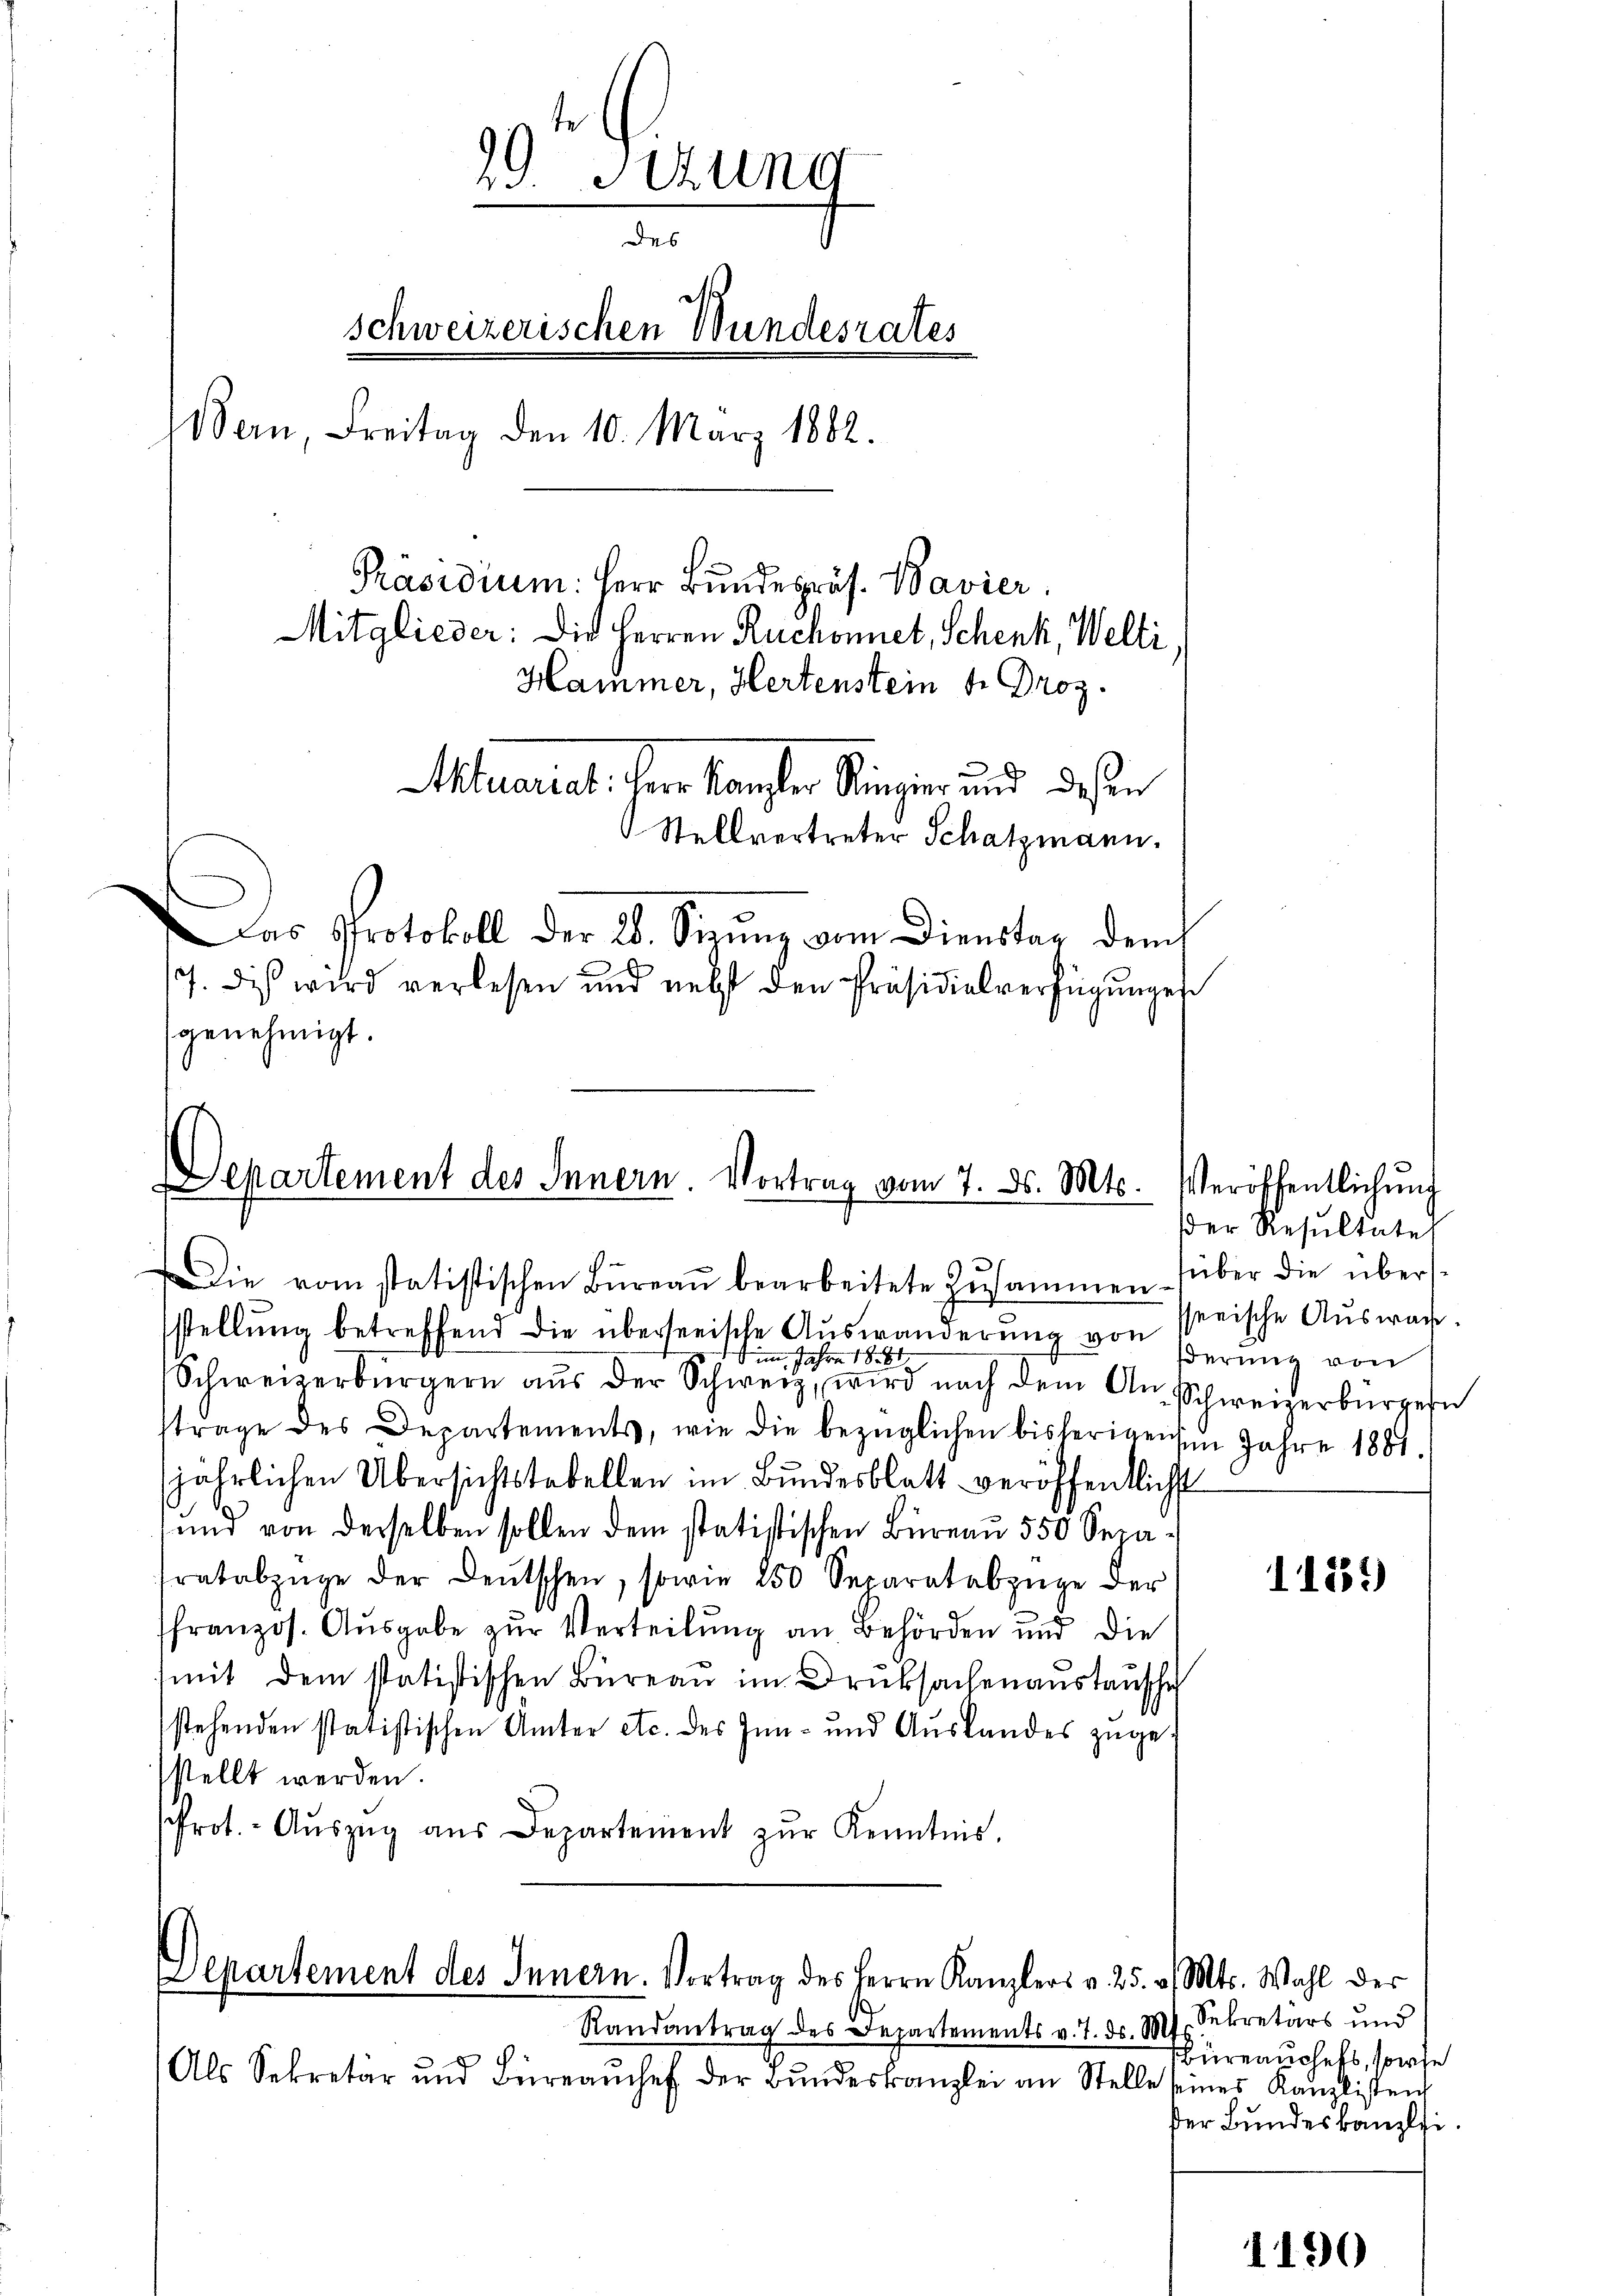
genehmigt.

.
.un
des
schweizerischen Wundesrates
Bern, Freitag den 10. März 1882.
Präsidium: Herr Bundepräs. Bavier
Mitglieder: Die Herren Ruchonnet, Schenk, Welti,
Hammer, Hertenstein fr. Droz.
d
tuariat. Herr Kanzler Ringier und deßen
Stellvertreter Schatzmann.
Das Protokoll der 28. Sitzŭng vom Dienstag dem
17. dis wird verlesen und nebst den Präsidialverfügŭnges

Departement des Innern. Vortrag vom 7. ds. Mts. Veröffentlichŭng

Die vom statistischen Büreaŭ bearbeitete Zŭsammen über die übersstellung betreffend die überseeische Auswanderung von
 im Jahre 1881
Schweizerbürgern aŭs der Schweiz, wird nach dem Anschweizerbürgern
trage des Departements, wie die bezüglichen bisherigenen Jahre 1881.
jährlichen Übersichtstabellen im Bundesblatt veröffentlicht
und von derselben sollen dem statistischen Büreaŭ 550 Separatabzüge der Deutschen, sowie 250 Separatabzüge der
ffranzos. Aŭsgabe zŭr Verteilŭng an Behörden und die
mit dem statistischen Büreau im Drucksachenanstausche
stehenden statistischen Amter etc. des Inn- und Auslandes zugestellt werden.
Prot. Aŭszŭg aŭs Departement zŭr Kenntnis.

lpartement des Innern. Vortrag des Herrn Kanzlers v. 25.
Randantrag des Departements v. 7. ds. S

Als Sekretär und Büreaŭchef der Bundeskanzlei an Stelle

Der Resultate
serische Auswach.
derung von

11552)

v. Mts. Wahl der
Sekretärs und
Büreauschefs, sowe
seines Kanzlistent
der Bundeskanzlei

1190